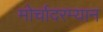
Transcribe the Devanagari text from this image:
मोर्चादरम्यान